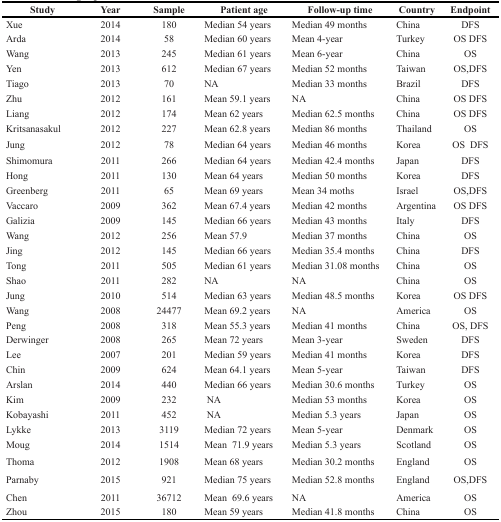
<table><thead><tr><td><b>Study</b></td><td><b>Year</b></td><td><b>Sample</b></td><td><b>Patient age</b></td><td><b>Follow-up time</b></td><td><b>Country</b></td><td><b>Endpoint</b></td></tr></thead><tbody><tr><td>Xue</td><td>2014</td><td>180</td><td>Median 54 years</td><td>Median 49 months</td><td>China</td><td>DFS</td></tr><tr><td>Arda</td><td>2014</td><td>58</td><td>Median 60 years</td><td>Mean 4-year</td><td>Turkey</td><td>OS DFS</td></tr><tr><td>Wang</td><td>2013</td><td>245</td><td>Median 61 years</td><td>Mean 6-year</td><td>China</td><td>OS</td></tr><tr><td>Yen</td><td>2013</td><td>612</td><td>Median 67 years</td><td>Median 52 months</td><td>Taiwan</td><td>OS, DFS</td></tr><tr><td>Tiago</td><td>2013</td><td>70</td><td>NA</td><td>Median 33 months</td><td>Brazil</td><td>DFS</td></tr><tr><td>Zhu</td><td>2012</td><td>161</td><td>Mean 59.1 years</td><td>NA</td><td>China</td><td>OS DFS</td></tr><tr><td>Liang</td><td>2012</td><td>174</td><td>Mean 62 years</td><td>Median 62.5 months</td><td>China</td><td>OS DFS</td></tr><tr><td>Kritsanasakul</td><td>2012</td><td>227</td><td>Mean 62.8 years</td><td>Median 86 months</td><td>Thailand</td><td>OS</td></tr><tr><td>Jung</td><td>2012</td><td>78</td><td>Median 64 years</td><td>Median 46 months</td><td>Korea</td><td>OS DFS</td></tr><tr><td>Shimomura</td><td>2011</td><td>266</td><td>Median 64 years</td><td>Median 42.4 months</td><td>Japan</td><td>DFS</td></tr><tr><td>Hong</td><td>2011</td><td>130</td><td>Mean 64 years</td><td>Median 50 months</td><td>Korea</td><td>DFS</td></tr><tr><td>Greenberg</td><td>2011</td><td>65</td><td>Mean 69 years</td><td>Mean 34 moths</td><td>Israel</td><td>OS,DFS</td></tr><tr><td>Vaccaro</td><td>2009</td><td>362</td><td>Mean 67.4 years</td><td>Median 42 months</td><td>Argentina</td><td>OS DFS</td></tr><tr><td>Galizia</td><td>2009</td><td>145</td><td>Median 66 years</td><td>Median 43 months</td><td>Italy</td><td>DFS</td></tr><tr><td>Wang</td><td>2012</td><td>256</td><td>Mean 57.9</td><td>Median 37 months</td><td>China</td><td>OS</td></tr><tr><td>Jing</td><td>2012</td><td>145</td><td>Median 66 years</td><td>Median 35.4 months</td><td>China</td><td>DFS</td></tr><tr><td>Tong</td><td>2011</td><td>505</td><td>Median 61 years</td><td>Median 31.08 months</td><td>China</td><td>OS</td></tr><tr><td>Shao</td><td>2011</td><td>282</td><td>NA</td><td>NA</td><td>China</td><td>OS</td></tr><tr><td>Jung</td><td>2010</td><td>514</td><td>Median 63 years</td><td>Median 48.5 months</td><td>Korea</td><td>OS DFS</td></tr><tr><td>Wang</td><td>2008</td><td>24477</td><td>Mean 69.2 years</td><td>NA</td><td>America</td><td>OS</td></tr><tr><td>Peng</td><td>2008</td><td>318</td><td>Mean 55.3 years</td><td>Median 41 months</td><td>China</td><td>OS, DFS</td></tr><tr><td>Derwinger</td><td>2008</td><td>265</td><td>Mean 72 years</td><td>Mean 3-year</td><td>Sweden</td><td>DFS</td></tr><tr><td>Lee</td><td>2007</td><td>201</td><td>Median 59 years</td><td>Median 41 months</td><td>Korea</td><td>DFS</td></tr><tr><td>Chin</td><td>2009</td><td>624</td><td>Mean 64.1 years</td><td>Mean 5-year</td><td>Taiwan</td><td>DFS</td></tr><tr><td>Arslan</td><td>2014</td><td>440</td><td>Median 66 years</td><td>Median 30.6 months</td><td>Turkey</td><td>OS</td></tr><tr><td>Kim</td><td>2009</td><td>232</td><td>NA</td><td>Median 53 months</td><td>Korea</td><td>OS</td></tr><tr><td>Kobayashi</td><td>2011</td><td>452</td><td>NA</td><td>Median 5.3 years</td><td>Japan</td><td>OS</td></tr><tr><td>Lykke</td><td>2013</td><td>3119</td><td>Median 72 years</td><td>Mean 5-year</td><td>Denmark</td><td>OS</td></tr><tr><td>Moug</td><td>2014</td><td>1514</td><td>Mean 71.9 years</td><td>Median 5.3 years</td><td>Scotland</td><td>OS</td></tr><tr><td>Thoma</td><td>2012</td><td>1908</td><td>Mean 68 years</td><td>Median 30.2 months</td><td>England</td><td>OS</td></tr><tr><td>Parnaby</td><td>2015</td><td>921</td><td>Median 75 years</td><td>Median 52.8 months</td><td>England</td><td>OS,DFS</td></tr><tr><td>Chen</td><td>2011</td><td>36712</td><td>Mean 69.6 years</td><td>NA</td><td>America</td><td>OS</td></tr><tr><td>Zhou</td><td>2015</td><td>180</td><td>Mean 59 years</td><td>Median 41.8 months</td><td>China</td><td>OS</td></tr></tbody></table>